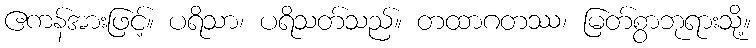
ဧကန်အားဖြင့်။ ပရိသာ၊ ပရိသတ်သည်။ တထာဂတဿ၊ မြတ်စွာဘုရားသို့။